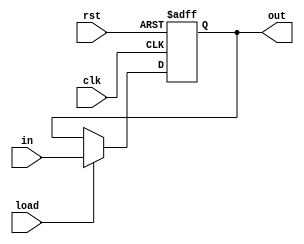
module PC(load, in, clk, rst, out);
    parameter integer WIDTH = 8;
    input [WIDTH-1:0] in;
    input load, clk, rst;
    output reg [WIDTH-1:0] out;

    always @(posedge clk, posedge rst) begin
        if (rst) begin
            out <= 0;
        end
        else if (load) begin
            out <= in;
        end
    end
    

endmodule